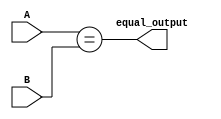
`timescale 1ns / 1ps
//////////////////////////////////////////////////////////////////////////////////
// Company: 
// Engineer: 
// 
// Design Name: 
// Module Name: equal
// Project Name: 
// Target Devices: 
// Tool Versions: 
// Description: 
// 
// Dependencies: 
// 
// Revision:
// Revision 0.01 - File Created
// Additional Comments:
// 
//////////////////////////////////////////////////////////////////////////////////


module equal(
    input [31:0] A,
    input [31:0] B,
    output equal_output
    );
    assign equal_output = (A == B);
endmodule